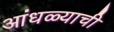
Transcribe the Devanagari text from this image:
आंधळ्याची